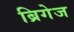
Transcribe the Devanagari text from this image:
ब्रिगेज